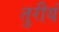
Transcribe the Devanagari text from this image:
तुरीयं